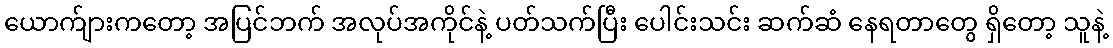
ယောက်ျားကတော့ အပြင်ဘက် အလုပ်အကိုင်နဲ့ ပတ်သက်ပြီး ပေါင်းသင်း ဆက်ဆံ နေရတာတွေ ရှိတော့ သူနဲ့